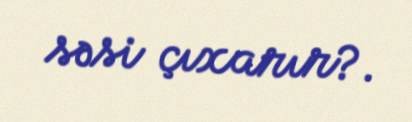
səsi çıxarır?.